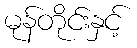
မုန်တိုင်းနှင့်